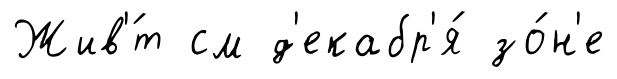
Жив'́т см д'екабр'я́ зо́н'е